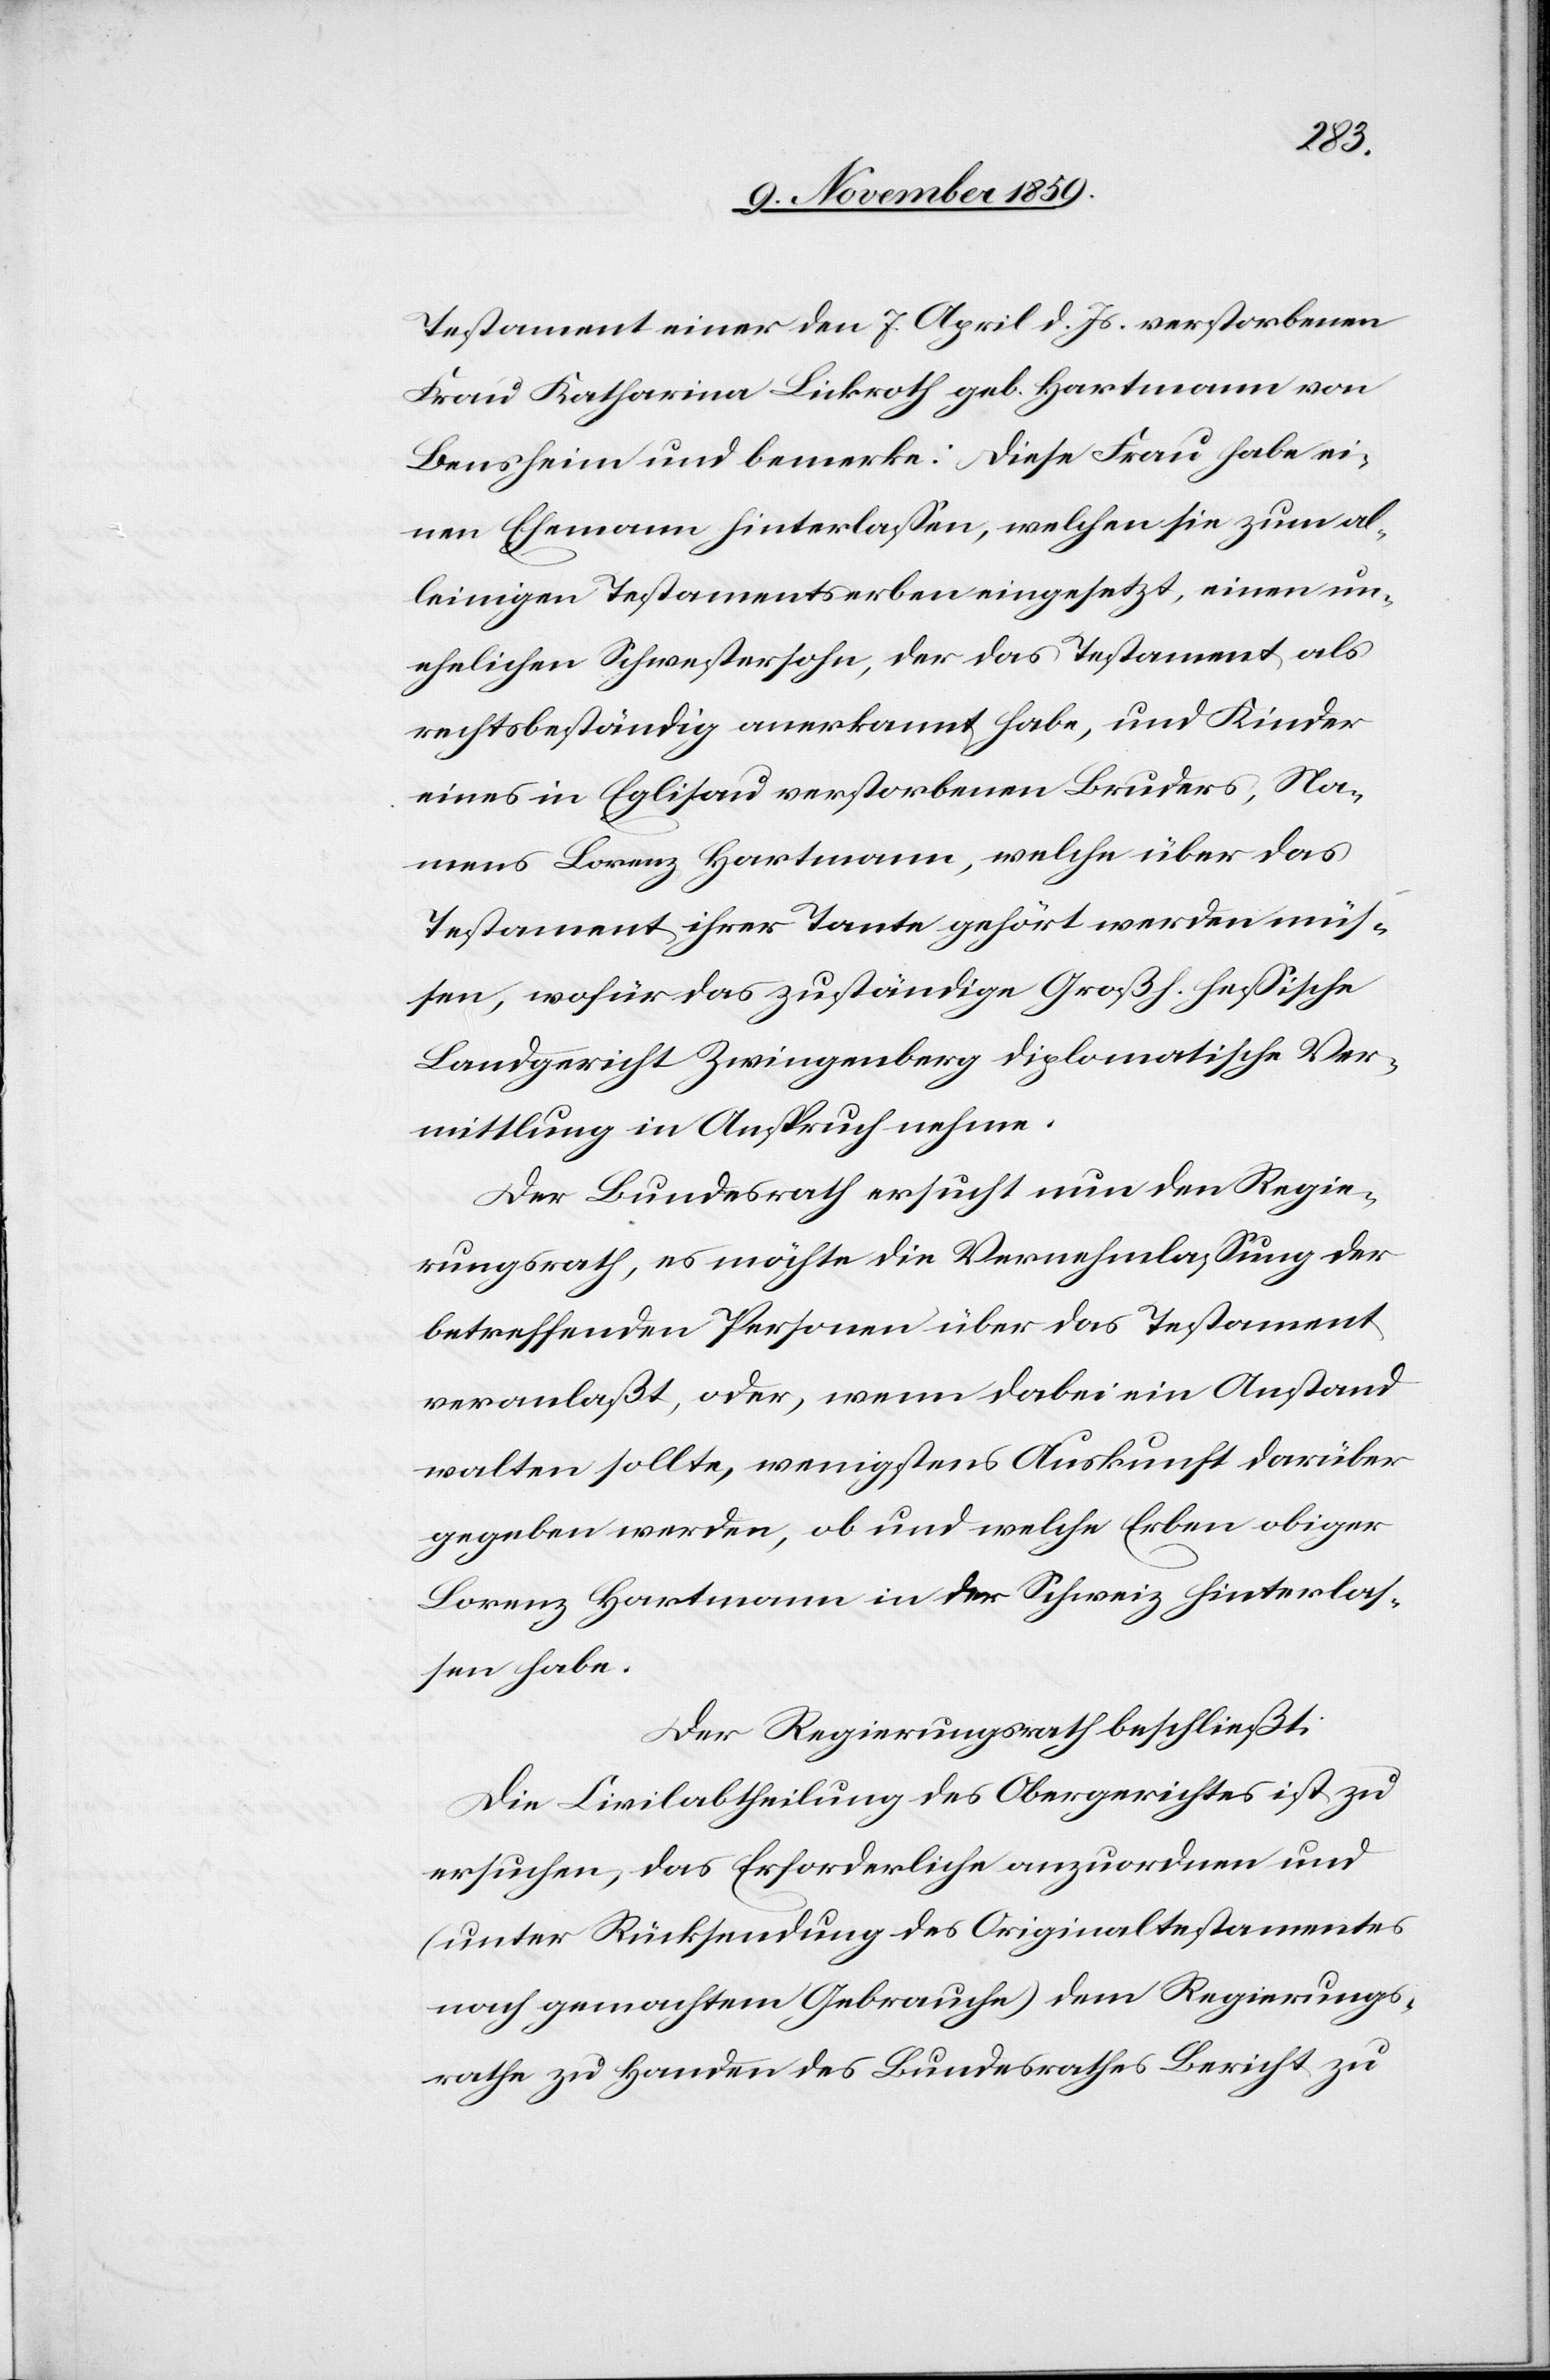
Testament einer den 7. April d. Js. verstorbenen
Frau Katharina Lickroth geb. Hartmann von
Bensheim und bemerke: Diese Frau habe ei¬
nen Ehemann hinterlassen, welchen sie zum al¬
leinigen Testamentserben eingesetzt, einen un¬
ehelichen Schwestersohn, der das Testament als
rechtsbeständig anerkannt habe, und Kinder
eines in Eglisau verstorbenen Bruders, Na¬
mens Lorenz Hartmann, welche über das
Testament ihrer Tante gehört werden müs¬
sen, wofür das zuständige Großh. hessische
Landgericht Zwingenberg diplomatische Ver¬
mittlung in Anspruch nehme.
Der Bundesrath ersucht nun den Regie¬
rungsrath, es möchte die Vernehmlassung der
betreffenden Personen über das Testament
veranlaßt, oder, wenn dabei ein Anstand
walten sollte, wenigstens Auskunft darüber
gegeben werden, ob und welche Erben obiger
Lorenz Hartmann in der Schweiz hinterlas¬
sen habe.
Der Regierungsrath beschließt:
Die Civilabtheilung des Obergerichtes ist zu
ersuchen, das Erforderliche anzuordnen und
(unter Rücksendung des Originaltestamentes
nach gemachtem Gebrauche) dem Regierungs¬
rathe zu Handen des Bundesrathes Bericht zu